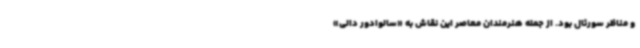
و مناظر سورئال بود. از جمله هنرمندان معاصر این نقاش به «سالوادور دالی»